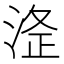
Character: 𭰸